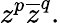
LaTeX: z^{p}{\overline{{z}}}^{q}.